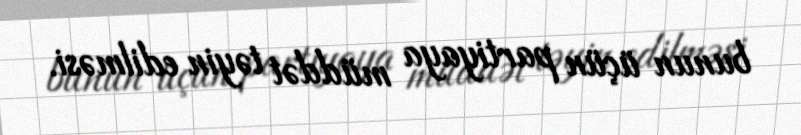
bunun üçün partiyaya müddət təyin edilməsi.